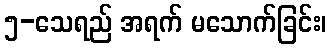
၅-သေရည် အရက် မသောက်ခြင်း၊